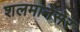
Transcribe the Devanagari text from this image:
शलमानेसेर